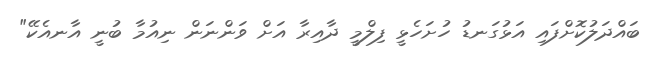
ބައްދަލުކޮށްފައި އަޅުގަނޑު ހުށަހެޅީ ފިލްމީ ދާއިރާ އަށް ވަންނަން ނިއުމާ ބުނީ އާނއެކޭ"